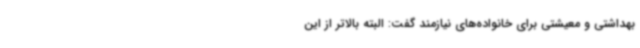
بهداشتی و معیشتی برای خانواده‌های نیازمند گفت: البته بالاتر از این